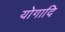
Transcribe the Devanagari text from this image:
योगादि